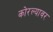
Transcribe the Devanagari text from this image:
कोरल्यावर